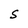
Character: S